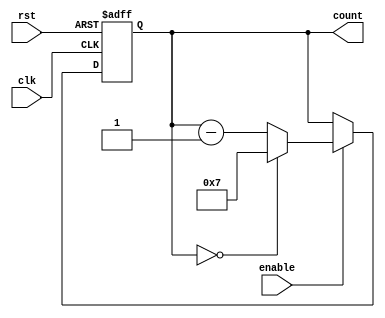
module ModuloN_Down_Counter (
    input wire clk,
    input wire rst,
    input wire enable,
    output reg [N-1:0] count
);

parameter N = 8; // Specify the value of N for the counter

always @(posedge clk or posedge rst) begin
    if (rst) begin
        count <= N - 1;
    end else if (enable) begin
        if (count == 0) begin
            count <= N - 1;
        end else begin
            count <= count - 1;
        end
    end
end

endmodule